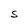
Character: S